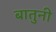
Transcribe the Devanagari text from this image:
बातुनी